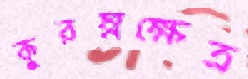
কুরম্নক্ষেত্র